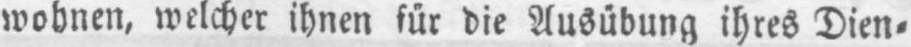
wohnen, welcher ihnen für die Ausübung ihres Dien⸗